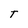
Character: T